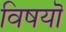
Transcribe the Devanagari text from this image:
विषयॊ